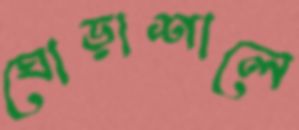
ঘোড়াশালে